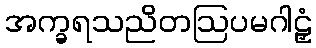
အက္ခရသညိတဩပမဂါဠှံ